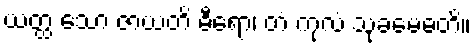
ယတ္ထ သော ဇာယတိ ဓီရော၊ တံ ကုလံ သုခမေဓတိ။